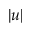
| u |